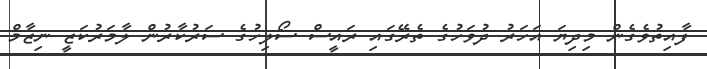
ފާއިތުވެގެން މިދިޔަ އަހަރު ދުވަހުގެ ތެރޭގައި ރައީސް ސޯލިހުގެ ސަރުކާރުން ލާމަރުކަޒީ ނިޒާމް